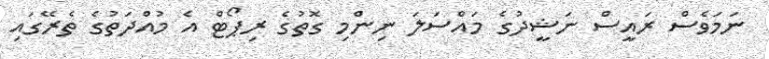
ނަމަވެސް ރައީސް ނަޝީދުގެ މައްސަލަ ނިންމި ގޮތުގެ ރިޕޯޓް އެ މުއްދަތުގެ ތެރޭގައި